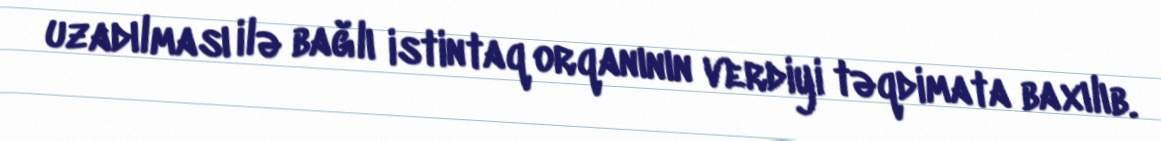
uzadılması ilə bağlı istintaq orqanının verdiyi təqdimata baxılıb.